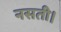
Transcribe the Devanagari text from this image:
नसती।